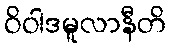
ဝိဝါဒမူလာနီတိ